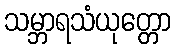
သမ္ဘာရသံယုတ္တော